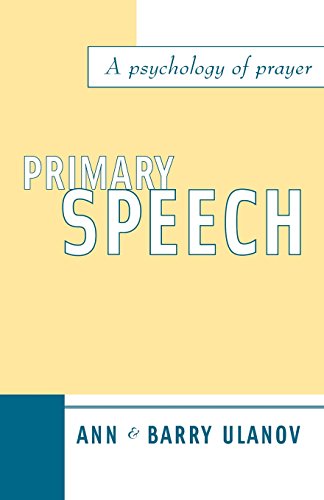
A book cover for Primary Speech: A Psychology of Prayer; Ann Ulanov; Religion & Spirituality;